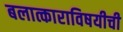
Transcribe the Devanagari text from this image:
बलात्काराविषयीची